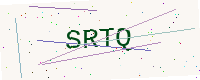
Text: SRTQ